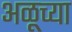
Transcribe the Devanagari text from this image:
अळूच्या